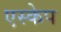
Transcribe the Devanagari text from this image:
एस्‍केप